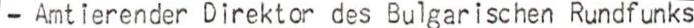
- Amtierender Direktor des Bulgarischen Rundfunks